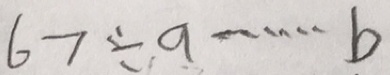
6 7 \div 9 \cdots b